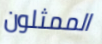
الممثلون